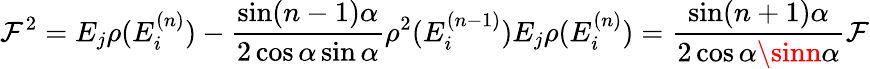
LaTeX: \mathcal{F}^{2}=E_{j}\rho(E_{i}^{(n)})-\frac{{\sin(n-1)\alpha}}{{2\cos\alpha\sin\alpha}}\rho^{2}(E_{i}^{(n-1)})E_{j}\rho(E_{i}^{(n)})=\frac{{\sin(n+1)\alpha}}{{2\cos\alpha\sinn\alpha}}\mathcal{F}